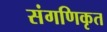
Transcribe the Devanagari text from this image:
संगणिकृत